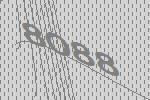
8088